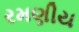
રમણીય